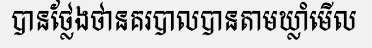
បានថ្លែងថានគរបាលបានតាមឃ្លាំមើល